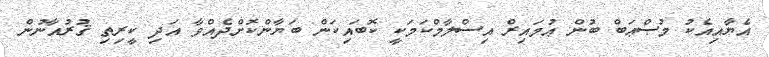
އެޔާއިއެކު މުޞްޢަބް ބުން ޢުމައިރް އިސްލާމްކަމަކީ ކޮބައިކަން ބަޔާންކޮށްދެއްވާ އަދި ކީރިތި ޤުރުއާނުން